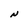
Character: N